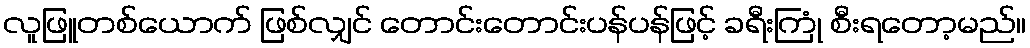
လူဖြူတစ်ယောက် ဖြစ်လျှင် တောင်းတောင်းပန်ပန်ဖြင့် ခရီးကြုံ စီးရတော့မည်။